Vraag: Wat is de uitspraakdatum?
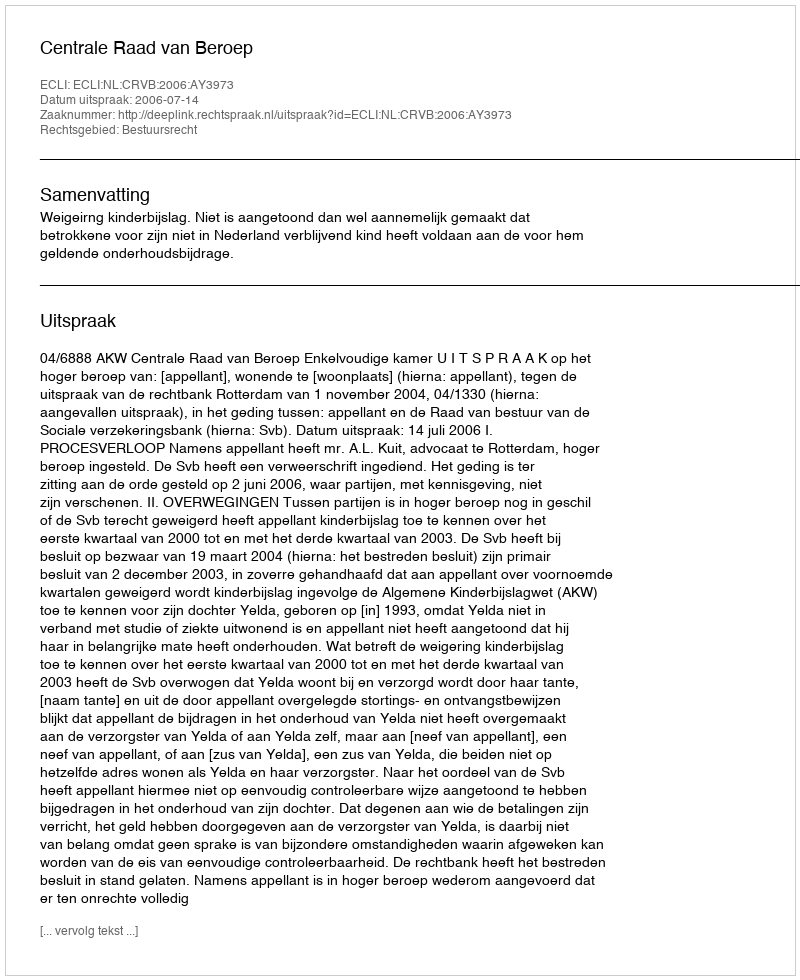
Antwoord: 2006-07-14